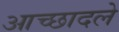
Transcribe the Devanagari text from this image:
आच्छादले